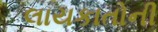
લાયકાતોની